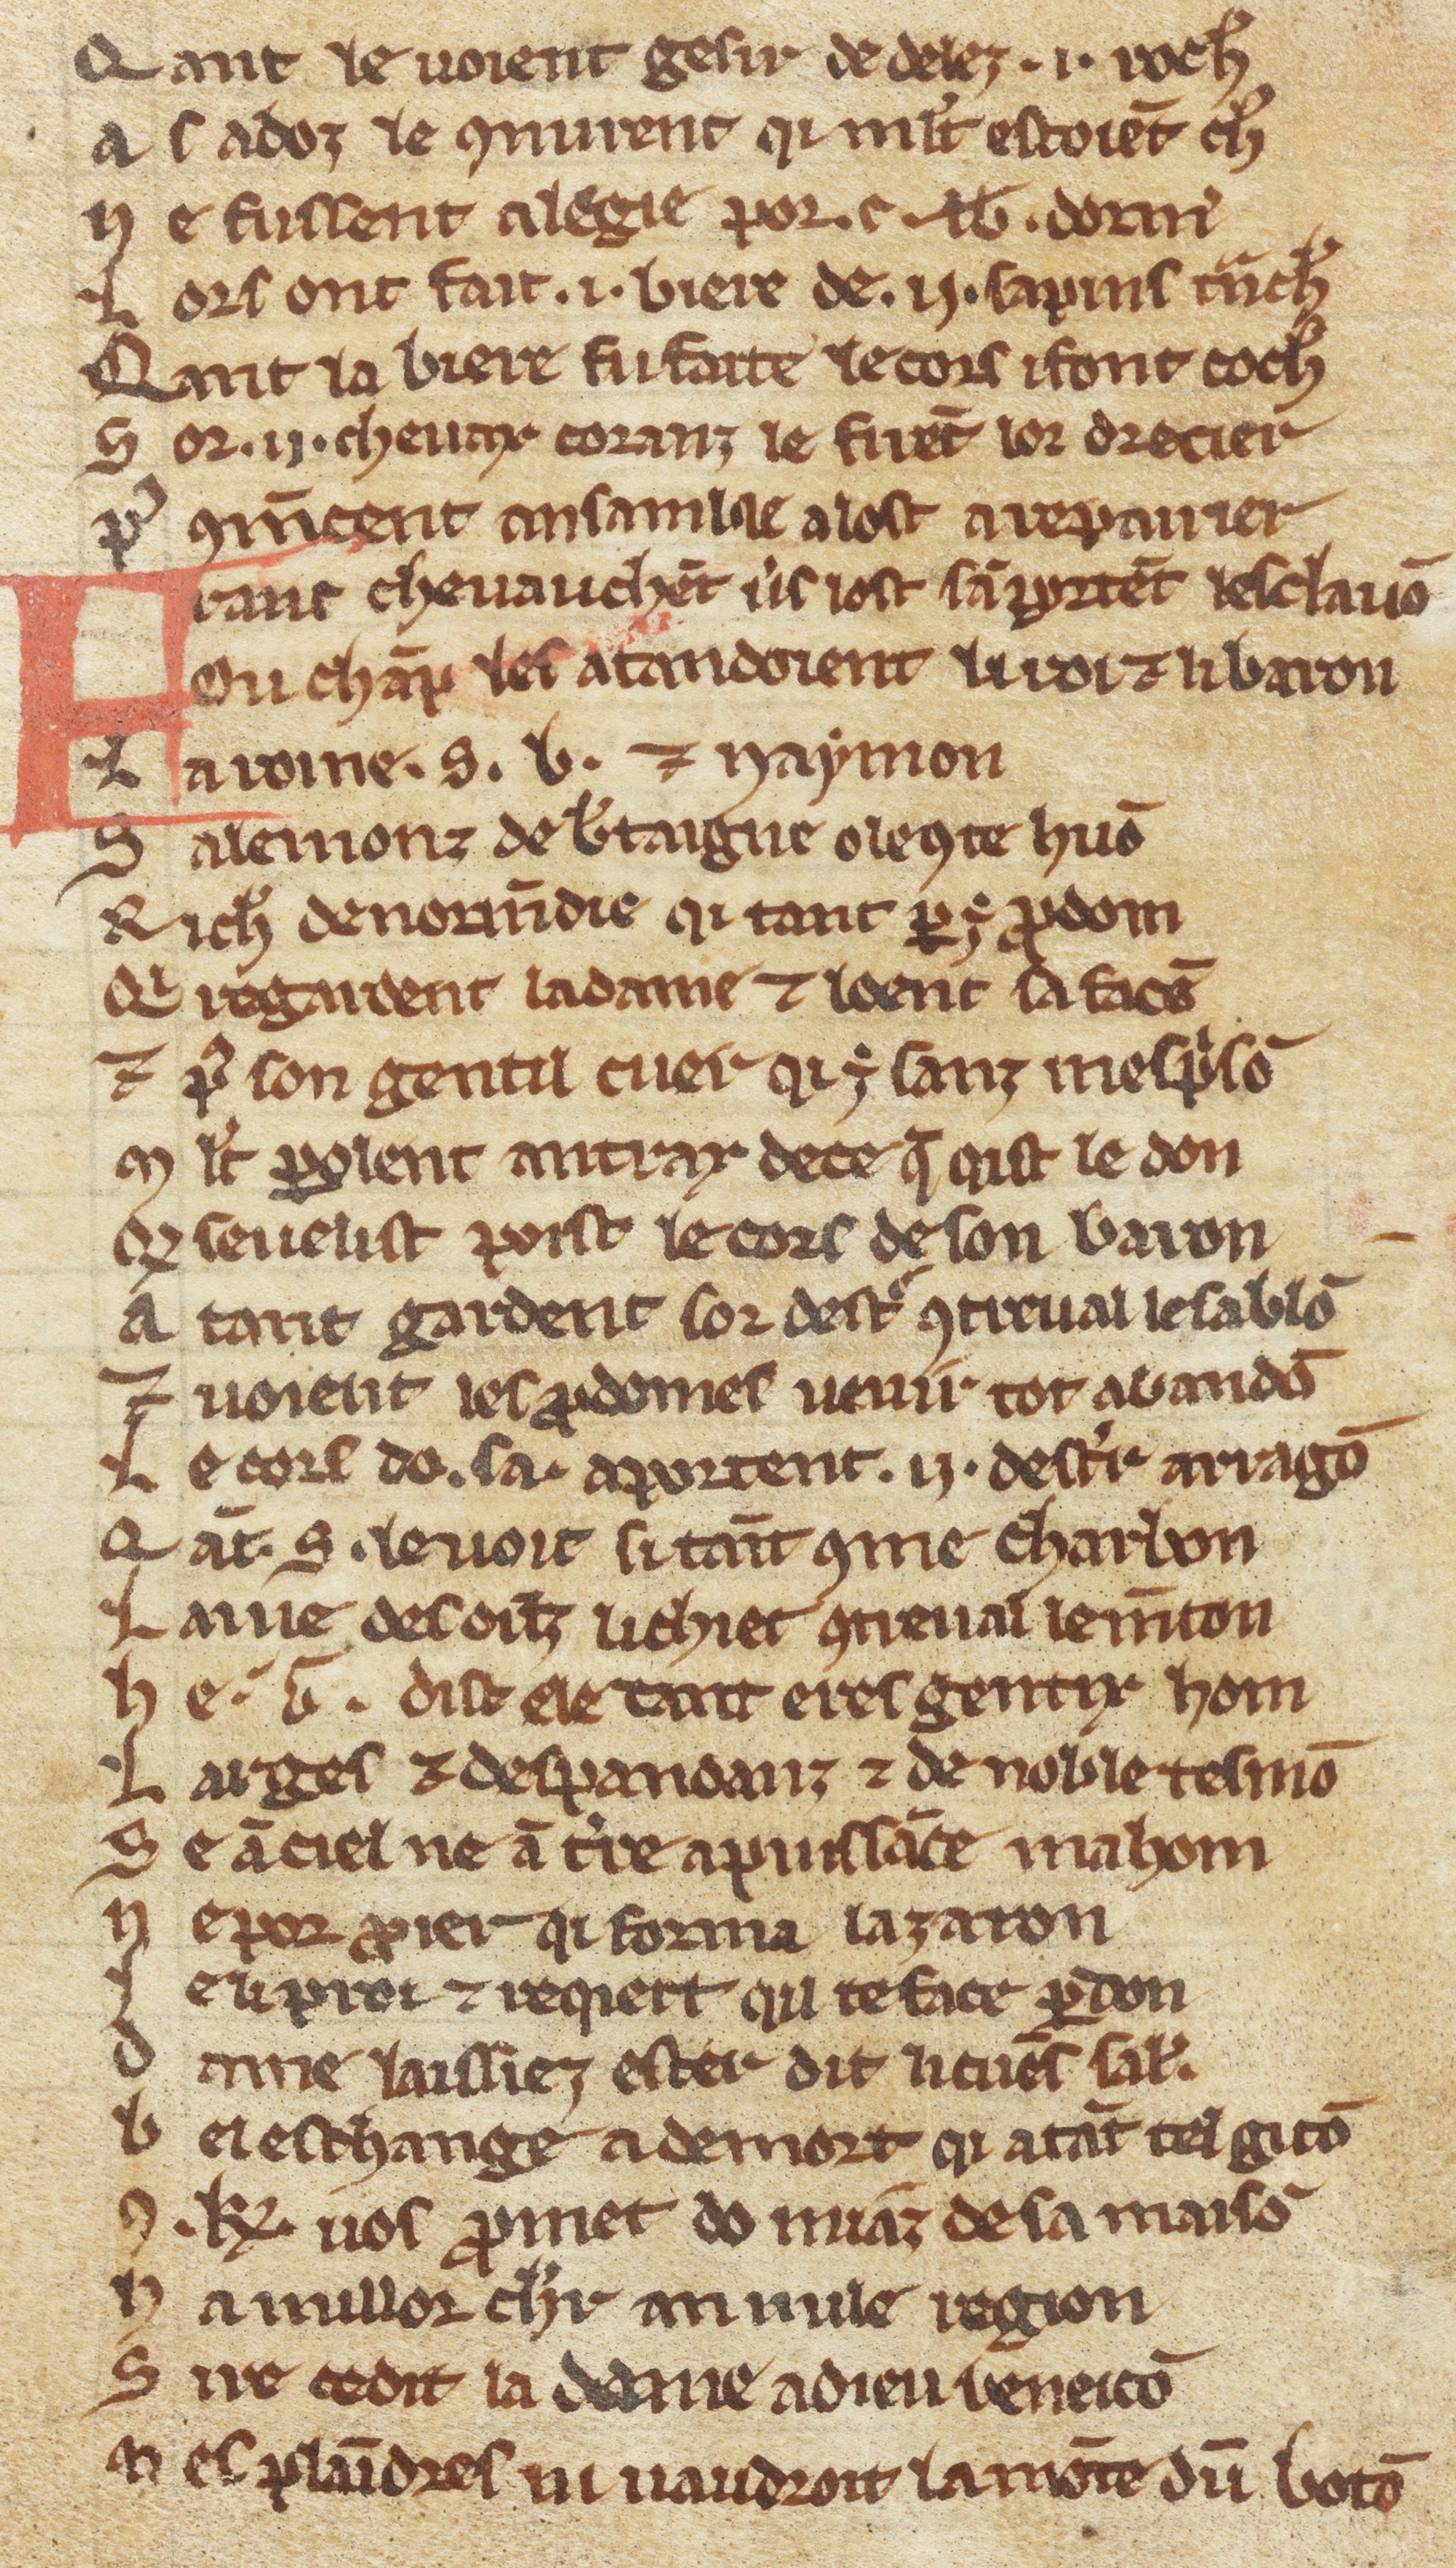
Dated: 1270–1299